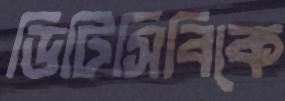
ডিটিসিবিকে